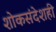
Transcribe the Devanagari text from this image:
शोकसंदेशही